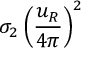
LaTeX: \sigma _ { 2 } \left( \frac { u _ { R } } { 4 \pi } \right) ^ { 2 }